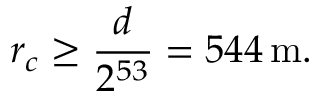
r _ { c } \ge \frac { d } { 2 ^ { 5 3 } } = 5 4 4 \, \mathrm { m } .